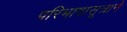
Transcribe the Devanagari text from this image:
परिभाषासूत्राने